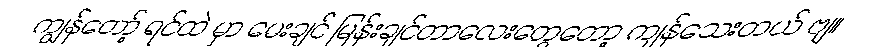
ကျွန်တော့် ရင်ထဲ မှာ မေးချင် မြန်းချင်တာလေးတွေတော့ ကျန်သေးတယ် ဗျ။